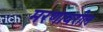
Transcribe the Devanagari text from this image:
मरणावरील